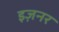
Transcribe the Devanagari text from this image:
इज़नर